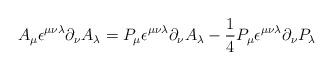
LaTeX: \begin{align*}A_\mu \epsilon^{\mu \nu \lambda} \partial_\nu A_ \lambda = P_\mu \epsilon^{\mu \nu \lambda} \partial_\nu A_\lambda -\frac{1}{4} P_\mu \epsilon^{\mu \nu \lambda} \partial_\nu P_\lambda\end{align*}